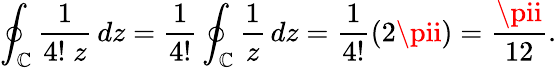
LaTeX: \oint_{\mathbb{C}}{\frac{{1}}{{4!\; z}}}\, dz={\frac{{1}}{{4!}}}\oint_{\mathbb{C}}{\frac{{1}}{{z}}}\, dz={\frac{{1}}{{4!}}}(2\pii)={\frac{{\pii}}{{12}}}.